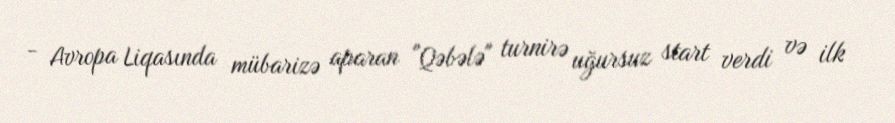
- Avropa Liqasında mübarizə aparan "Qəbələ" turnirə uğursuz start verdi və ilk